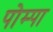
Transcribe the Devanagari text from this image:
पोम्पा